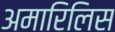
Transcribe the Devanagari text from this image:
अमारिलिस